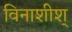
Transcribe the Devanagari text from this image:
विनाशीश्